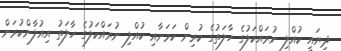
ދިޔައީ ކުއްލި ނުރައްކަލުގެ ހާލަތުގެ ކުރިން ކަމަށާއި ކުއްލި ނުރައްކަލުގެ ހާލަތު އިއުލާންކުރަން